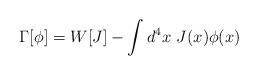
LaTeX: \begin{align*}\Gamma [\phi ]=W[J]-\int d^4x~J(x)\phi (x)\end{align*}